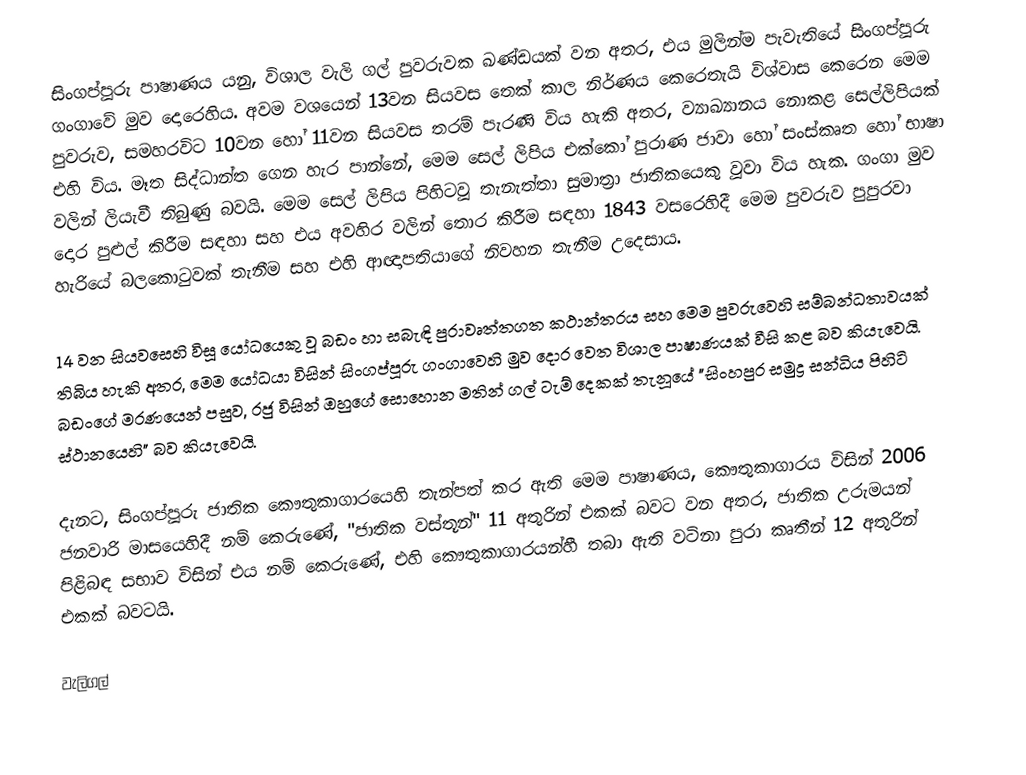
සිංගප්පූරු පාෂාණය යනු,  විශාල වැලි ගල් පුවරුවක ඛණ්ඩයක් වන අතර, එය මුලින්ම පැවැතියේ  සිංගප්පූරු ගංගාවේ මුව දොරෙහිය. අවම වශයෙන් 13වන සියවස තෙක් කාල නිර්ණය කෙරෙතැයි විශ්වාස කෙරෙන මෙම පුවරුව, සමහරවිට 10වන හෝ 11වන සියවස තරම් පැරණි විය හැකි අතර,  ව්‍යාඛ්‍යානය නොකළ සෙල්ලිපියක් එහි විය. මෑත සිද්ධාන්ත ගෙන හැර පාන්නේ, මෙම සෙල් ලිපිය එක්කෝ  පුරාණ ජාවා හෝ සංස්කෘත හෝ භාෂා වලින් ලියැවී තිබුණු බවයි. මෙම සෙල් ලිපිය පිහිටවූ තැනැත්තා  සුමාත්‍රා ජාතිකයෙකු වූවා විය හැක. ගංගා මුව දොර පුළුල් කිරීම සඳහා සහ එය අවහිර වලින් තොර කිරීම සඳහා 1843 වසරෙහිදී මෙම පුවරුව පුපුරවා හැරියේ බලකොටුවක් තැනීම සහ එහි ආඥාපතියාගේ නිවහන තැනීම උදෙසාය.

14 වන සියවසෙහි විසූ යෝධයෙකු වූ  බඩං හා සබැඳි පුරාවෘත්තගත කථාන්තරය සහ මෙම පුවරුවෙහි සම්බන්ධතාවයක් තිබිය හැකි අතර, මෙම යෝධයා විසින් සිංගප්පූරු ගංගාවෙහි මුව දොර වෙත විශාල පාෂාණයක් වීසි කළ බව කියැවෙයි. බඩංගේ මරණයෙන් පසුව, රජු විසින් ඔහුගේ සොහොන මතින් ගල් ටැම් දෙකක් තැනූයේ "සිංහපුර සමුද්‍ර සන්ධිය පිහිටි ස්ථානයෙහි" බව කියැවෙයි.

දැනට, සිංගප්පූරු ජාතික කෞතුකාගාරයෙහි තැන්පත් කර ඇති මෙම පාෂාණය, කෞතුකාගාරය විසින් 2006 ජනවාරි මාසයෙහිදී නම් කෙරුණේ,  "ජාතික වස්තූන්" 11 අතුරින් එකක් බවට වන අතර,  ජාතික උරුමයන් පිළිබඳ සභාව විසින් එය නම් කෙරුණේ, එහි කෞතුකාගාරයන්හී තබා ඇති වටිනා පුරා කෘතීන් 12 අතුරින් එකක් බවටයි.

වැලිගල්